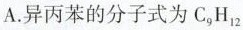
A.异丙苯的分子式为C_{9}H_{12}